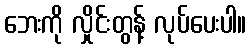
ဘေးကို လှိုင်းတွန့် လုပ်ပေးပါ။